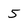
Character: 5